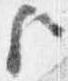
歟